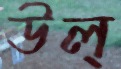
উল্‌